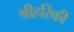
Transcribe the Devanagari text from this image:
श्रीहरिकी